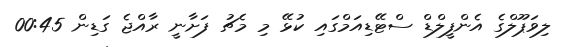
ލިވަޕޫލްގެ އެންފީލްޑް ސްޓޭޑިއަމްގައި ކުޅޭ މި މެޗު ފަށާނީ ރާއްޖެ ގަޑިން 00:45